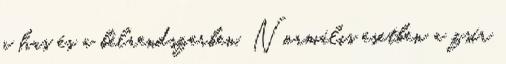
a has és a bélrendszerben. Normális esetben a zsír